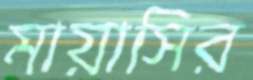
মায়াসির